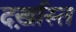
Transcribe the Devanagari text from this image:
दर्ख़ास्त